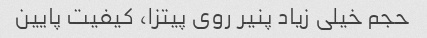
حجم خیلی زیاد پنیر روی پیتزا، کیفیت پایین